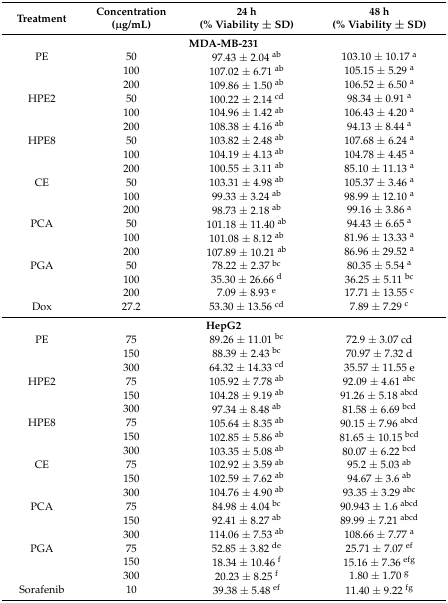
<table><thead><tr><td rowspan="2"><b>Treatment</b></td><td><b>Concentration</b></td><td><b>24 h </b></td><td><b>48 h</b></td></tr><tr><td><b>(μg/mL)</b></td><td><b>(% Viability ± SD)</b></td><td><b>(% Viability ± SD)</b></td></tr></thead><tbody><tr><td colspan="4"><b>MDA-MB-231</b></td></tr><tr><td>PE</td><td>50</td><td>97.43 ± 2.04 <sup>ab</sup></td><td>103.10 ± 10.17 <sup>a</sup></td></tr><tr><td></td><td>100</td><td>107.02 ± 6.71 <sup>ab</sup></td><td>105.15 ± 5.29 <sup>a</sup></td></tr><tr><td></td><td>200</td><td>109.86 ± 1.50 <sup>ab</sup></td><td>106.52 ± 6.50 <sup>a</sup></td></tr><tr><td>HPE2</td><td>50</td><td>100.22 ± 2.14 <sup>cd</sup></td><td>98.34 ± 0.91 <sup>a</sup></td></tr><tr><td></td><td>100</td><td>104.96 ± 1.42 <sup>ab</sup></td><td>106.43 ± 4.20 <sup>a</sup></td></tr><tr><td></td><td>200</td><td>108.38 ± 4.16 <sup>ab</sup></td><td>94.13 ± 8.44 <sup>a</sup></td></tr><tr><td>HPE8</td><td>50</td><td>103.82 ± 2.48 <sup>ab</sup></td><td>107.68 ± 6.24 <sup>a</sup></td></tr><tr><td></td><td>100</td><td>104.19 ± 4.13 <sup>ab</sup></td><td>104.78 ± 4.45 <sup>a</sup></td></tr><tr><td></td><td>200</td><td>100.55 ± 3.11 <sup>ab</sup></td><td>85.10 ± 11.13 <sup>a</sup></td></tr><tr><td>CE</td><td>50</td><td>103.31 ± 4.98 <sup>ab</sup></td><td>105.37 ± 3.46 <sup>a</sup></td></tr><tr><td></td><td>100</td><td>99.33 ± 3.24 <sup>ab</sup></td><td>98.99 ± 12.10 <sup>a</sup></td></tr><tr><td></td><td>200</td><td>98.73 ± 2.18 <sup>ab</sup></td><td>99.16 ± 3.86 <sup>a</sup></td></tr><tr><td>PCA</td><td>50</td><td>101.18 ± 11.40 <sup>ab</sup></td><td>94.43 ± 6.65 <sup>a</sup></td></tr><tr><td></td><td>100</td><td>101.08 ± 8.12 <sup>ab</sup></td><td>81.96 ± 13.33 <sup>a</sup></td></tr><tr><td></td><td>200</td><td>107.89 ± 10.21 <sup>ab</sup></td><td>86.96 ± 29.52 <sup>a</sup></td></tr><tr><td>PGA</td><td>50</td><td>78.22 ± 2.37 <sup>bc</sup></td><td>80.35 ± 5.54 <sup>a</sup></td></tr><tr><td></td><td>100</td><td>35.30 ± 26.66 <sup>d</sup></td><td>36.25 ± 5.11 <sup>bc</sup></td></tr><tr><td></td><td>200</td><td>7.09 ± 8.93 <sup>e</sup></td><td>17.71 ± 13.55 <sup>c</sup></td></tr><tr><td>Dox</td><td>27.2</td><td>53.30 ± 13.56 <sup>cd</sup></td><td>7.89 ± 7.29 <sup>c</sup></td></tr><tr><td colspan="4"><b>HepG2</b></td></tr><tr><td>PE</td><td>75</td><td>89.26 ± 11.01 <sup>bc</sup></td><td>72.9 ± 3.07 cd</td></tr><tr><td></td><td>150</td><td>88.39 ± 2.43 <sup>bc</sup></td><td>70.97 ± 7.32 d</td></tr><tr><td></td><td>300</td><td>64.32 ± 14.33 <sup>cd</sup></td><td>35.57 ± 11.55 e</td></tr><tr><td>HPE2</td><td>75</td><td>105.92 ± 7.78 <sup>ab</sup></td><td>92.09 ± 4.61 <sup>abc</sup></td></tr><tr><td></td><td>150</td><td>104.28 ± 9.19 <sup>ab</sup></td><td>91.26 ± 5.18 <sup>abcd</sup></td></tr><tr><td></td><td>300</td><td>97.34 ± 8.48 <sup>ab</sup></td><td>81.58 ± 6.69 <sup>bcd</sup></td></tr><tr><td>HPE8</td><td>75</td><td>105.64 ± 8.35 <sup>ab</sup></td><td>90.15 ± 7.96 <sup>abcd</sup></td></tr><tr><td></td><td>150</td><td>102.85 ± 5.86 <sup>ab</sup></td><td>81.65 ± 10.15 <sup>bcd</sup></td></tr><tr><td></td><td>300</td><td>103.35 ± 5.08 <sup>ab</sup></td><td>80.07 ± 6.22 <sup>bcd</sup></td></tr><tr><td>CE</td><td>75</td><td>102.92 ± 3.59 <sup>ab</sup></td><td>95.2 ± 5.03 <sup>ab</sup></td></tr><tr><td></td><td>150</td><td>102.59 ± 7.62 <sup>ab</sup></td><td>94.67 ± 3.6 <sup>ab</sup></td></tr><tr><td></td><td>300</td><td>104.76 ± 4.90 <sup>ab</sup></td><td>93.35 ± 3.29 <sup>abc</sup></td></tr><tr><td>PCA</td><td>75</td><td>84.98 ± 4.04 <sup>bc</sup></td><td>90.943 ± 1.6 <sup>abcd</sup></td></tr><tr><td></td><td>150</td><td>92.41 ± 8.27 <sup>ab</sup></td><td>89.99 ± 7.21 <sup>abcd</sup></td></tr><tr><td></td><td>300</td><td>114.06 ± 7.53 <sup>ab</sup></td><td>108.66 ± 7.77 <sup>a</sup></td></tr><tr><td>PGA</td><td>75</td><td>52.85 ± 3.82 <sup>de</sup></td><td>25.71 ± 7.07 <sup>ef</sup></td></tr><tr><td></td><td>150</td><td>18.34 ± 10.46 <sup>f</sup></td><td>15.16 ± 7.36 <sup>efg</sup></td></tr><tr><td></td><td>300</td><td>20.23 ± 8.25 <sup>f</sup></td><td>1.80 ± 1.70 <sup>g</sup></td></tr><tr><td>Sorafenib</td><td>10</td><td>39.38 ± 5.48 <sup>ef</sup></td><td>11.40 ± 9.22 <sup>fg</sup></td></tr></tbody></table>